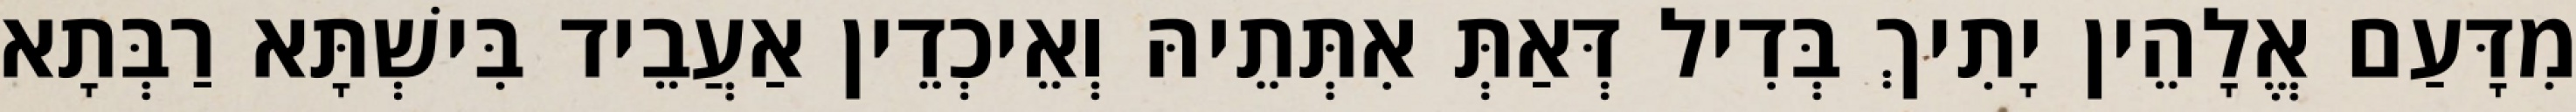
מִדָּעַם אֱלָהֵין יָתִיךְ בְּדִיל דְּאַתְּ אִתְּתֵיהּ וְאֵיכְדֵין אַעֲבֵיד בִּישְׁתָּא רַבְּתָא